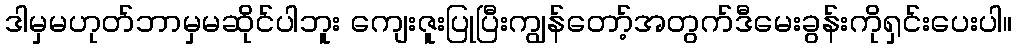
ဒါမှမဟုတ်ဘာမှမဆိုင်ပါဘူး ကျေးဇူးပြုပြီးကျွန်တော့်အတွက်ဒီမေးခွန်းကိုရှင်းပေးပါ။